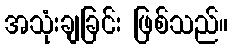
အသုံးချခြင်း ဖြစ်သည်။